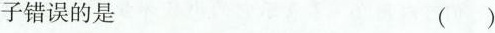
子错误的是 ()